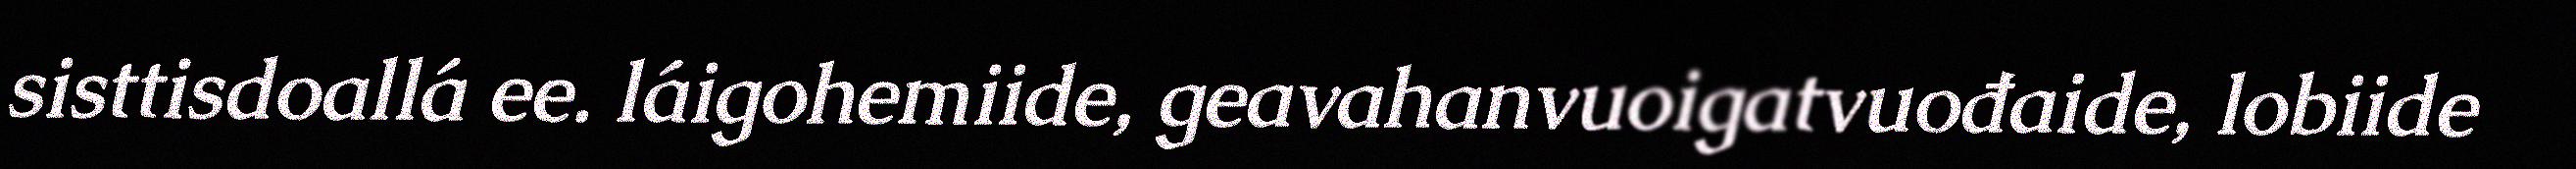
sisttisdoallá ee. láigohemiide, geavahanvuoigatvuođaide, lobiide